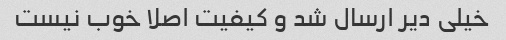
خیلی دیر ارسال شد و کیفیت اصلا خوب نیست